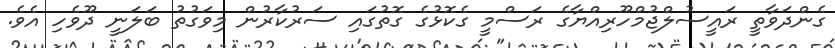
ގެންދަވާތީ ރައީސުލްޖުމްހޫރިއްޔާގެ ރަސްމީ ގެކޮޅުގެ ގޮތުގައި ސަރުކާރުން މިވަގުތު ބަލަނީ ދޫވެހި އެވެ.